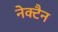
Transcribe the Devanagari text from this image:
नेक्टैन